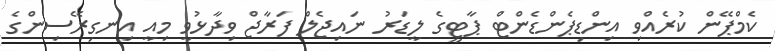
ކެމްޕޭން ކުރެއްވި އިންޑިޕެންޑެންޓް ޕާޓީގެ ލީޑަރު ނައިޖެލް ފަރާޖް ވިދާޅުވީ މިއީ އިނގިރޭސިންގެ